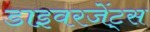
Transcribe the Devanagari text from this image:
डाइवरजेंट्स